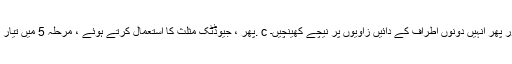
Then. پھر ، جیوڈٹک مثلث کا استعمال کرتے ہوئے ، مرحلہ 5 میں تیار کردہ مارکر پوائنٹس کے بائیں اور دائیں طرف مثلث کو 0.5. c سنٹی میٹر رکھ کر عمودی لائنیں نیچے کنارے کی طرف کھینچیں اور پھر انہیں دونوں اطراف کے دائیں زاویوں پر نیچے کھینچیں۔